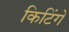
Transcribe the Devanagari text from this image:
किटिंगे